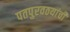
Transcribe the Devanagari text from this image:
पतपुरवठयांची